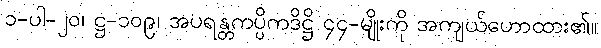
၁-ပါ-၂၀၊ ဋ္ဌ-၁၀၉၊ အပရန္တကပ္ပိကဒိဋ္ဌိ ၄၄-မျိုးကို အကျယ်ဟောထား၏။